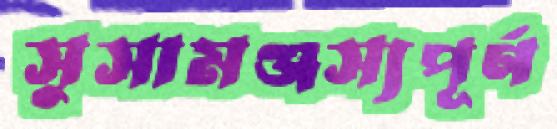
সুসামঞ্জস্যপূর্ণ